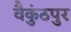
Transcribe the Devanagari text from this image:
वैकुंठपुर